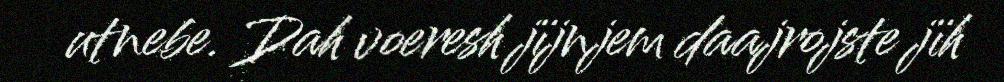
utnebe. Dah voeresh jïjnjem daajrojste jïh